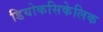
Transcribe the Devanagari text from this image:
डियोकसिकेलिक